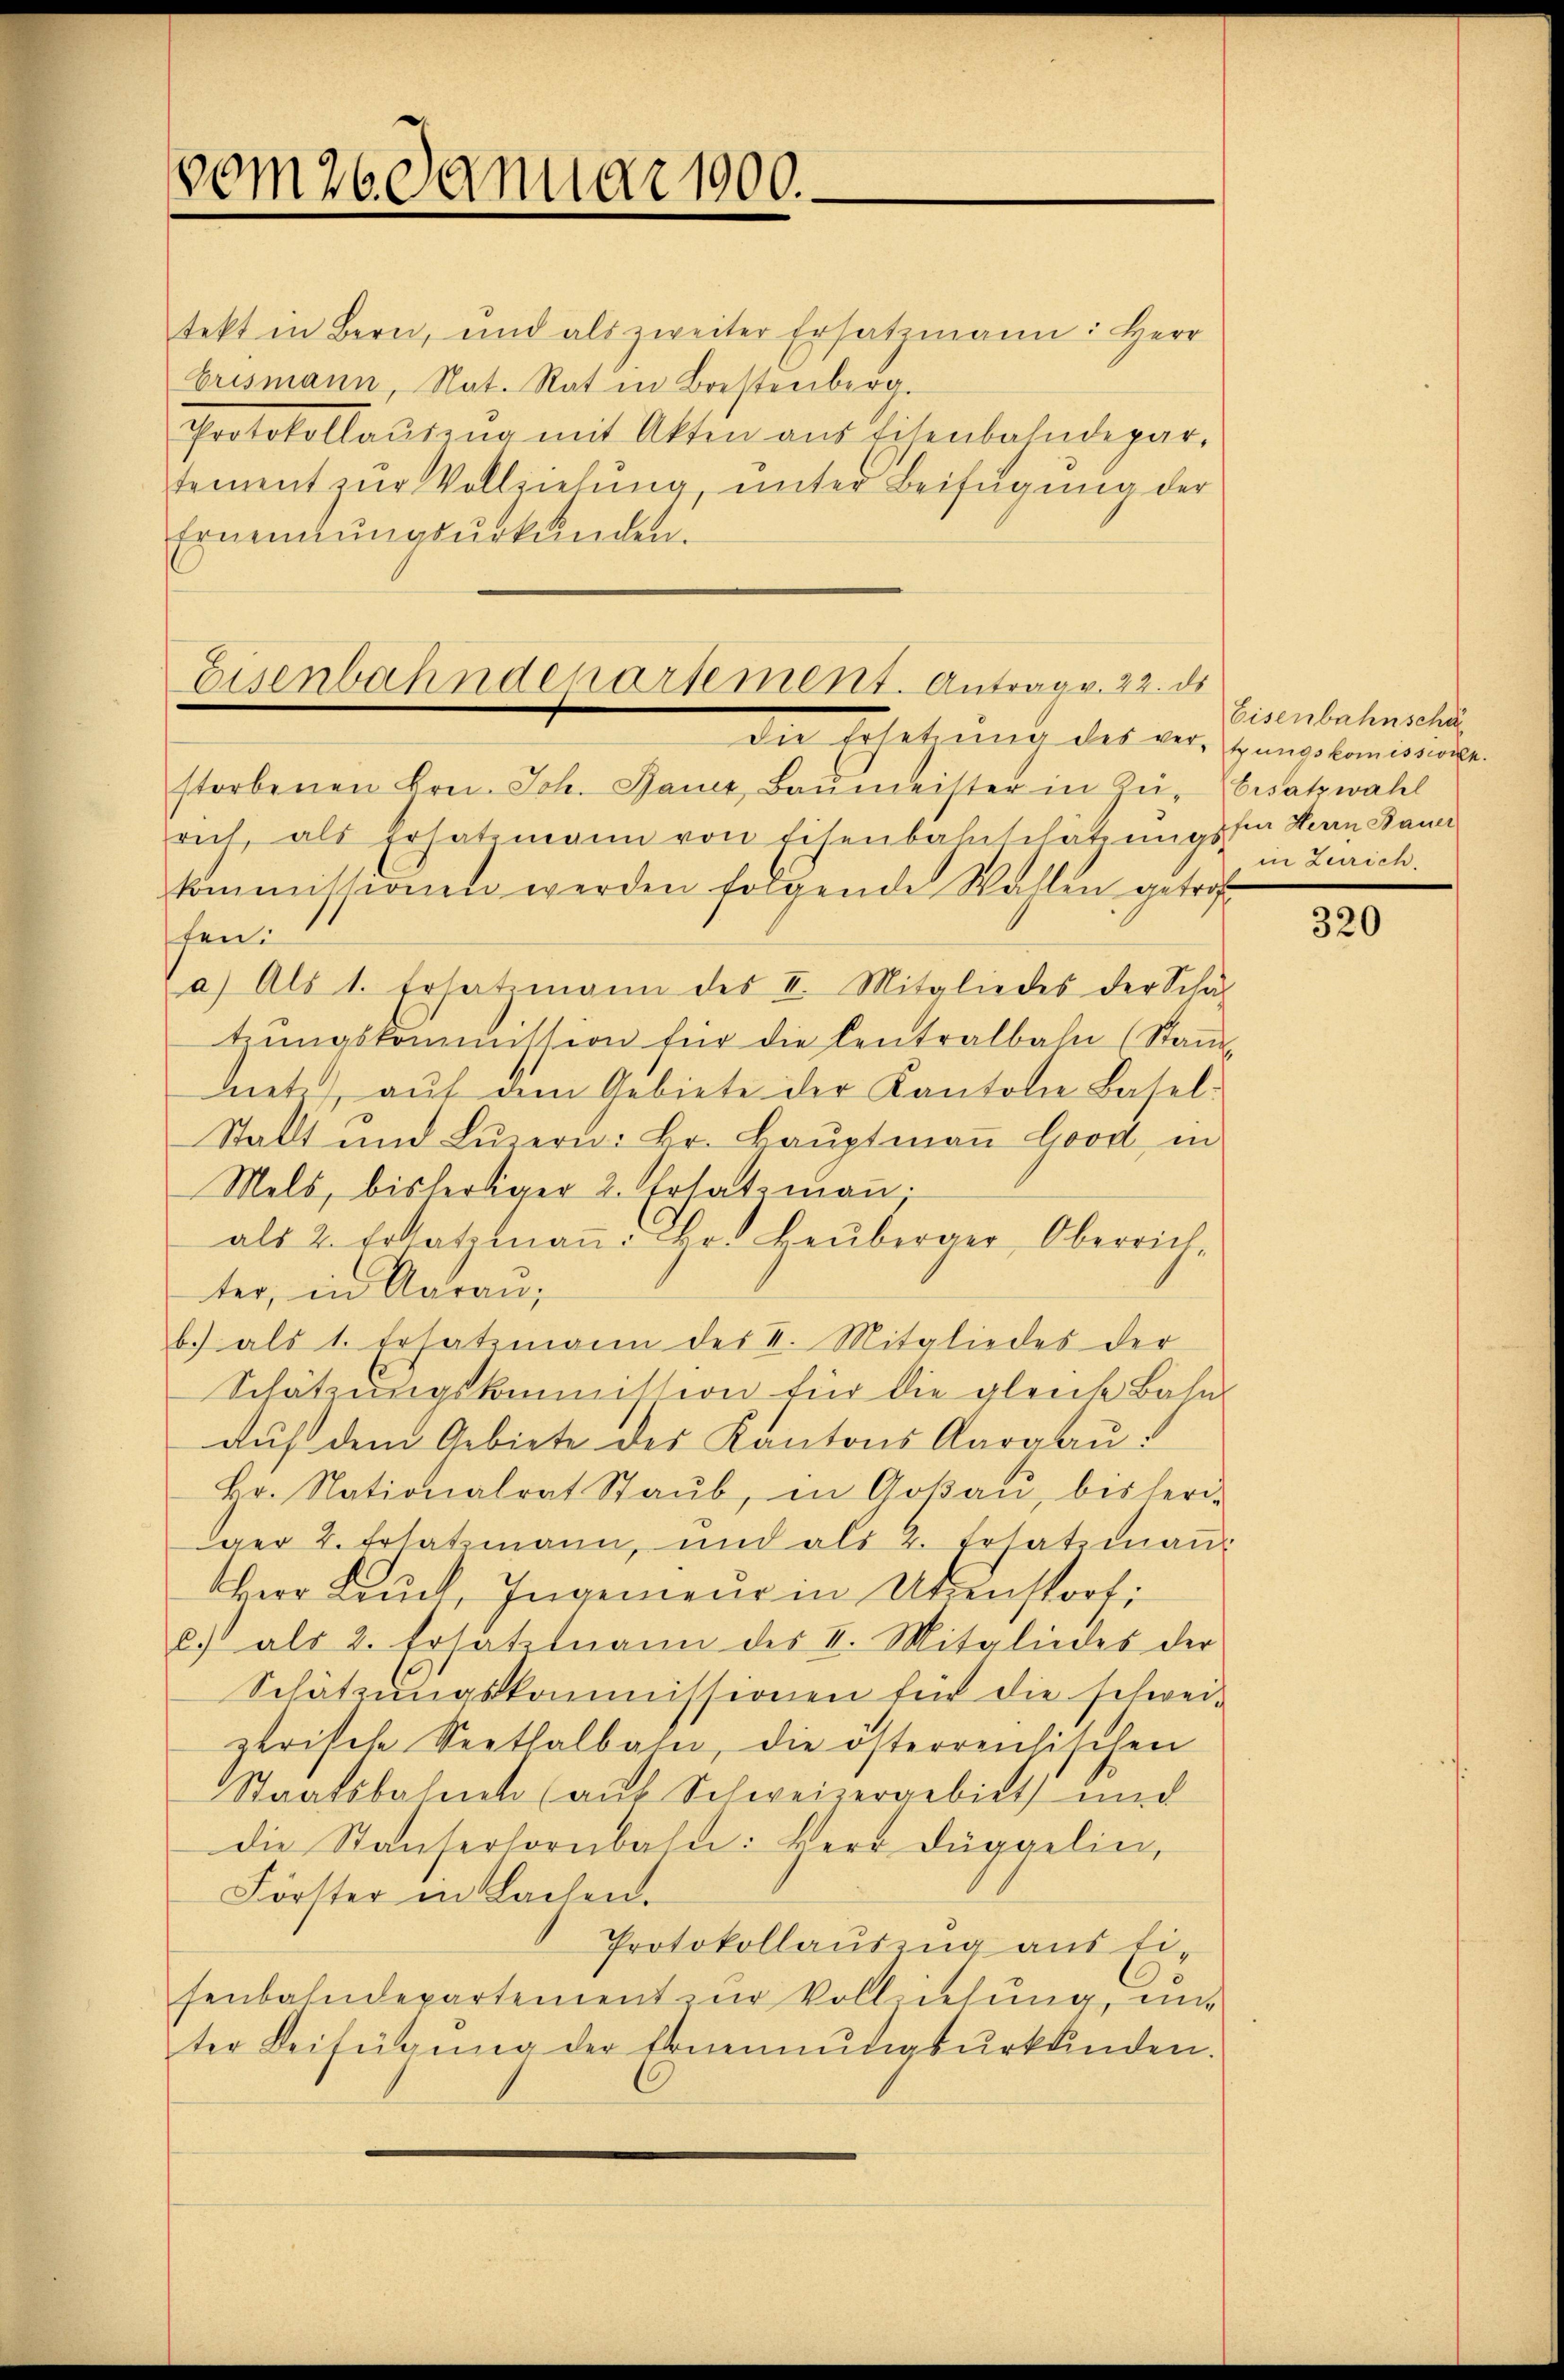
vom 26. Januar 1900.

tekt in Bern, und als zweiter Ersatzmann: Herr
Erismann, Nat. Rat in Brestenberg.
Protokollaŭszŭg mit Akten aus Eisenbahndepar-
tement zŭr Vollziehung, unter Beifügung der
Ernennungsurkunden.
die Erhebung des der Handelminis
storbenen Brei. Joh. Bauer, Baŭmeister in Zŭ- besatzwahl
rich, als Ersatzmann von Eisenbahnschatzungssia Herrn Bauer
kommissionen werden folgende Wallen getrof
ten.
a) Als 1. Ersatzmann des II. Mitgliedes der Schul
trŭngskommission für die Centralbahn (Stand
net), auf dem Gebiete der Kantone Basel-
Stallt und Lŭzern: Hr. Haŭptmaṅ Good in
Mels, bisheriger 2. Totatimann.
als 2. Erkatztnaṅ. Fr. Heuberger Oberrich,
ter, in Aarau,
b.) als 1. Ersatzmann des V. Mitgliedes der
Schätzungskommission für die gleich Bahn
auf dem Gebiete des Kantons Aargau:
hr. Nationalrat Staŭb, in Goßau, bisherde
ger 2. Ersatzmann, und als 2. Ersatzmann
Herr Brŭck, Ingenieŭr in Utenstorf:
c.) als 2. Ersatzmann des II. Mitgliedes der
Schätzungskommissionen für die schwei-
zerische Seethalbahn, die österreisischen
Staatsbahnet (auf Schweizergebiet und
die Stauserlornbahn: Herr Düggelin,
Förster in Sachen.
Protokollausung aus Eisenbahndepartement zur Vollziehung, unter Beifügŭng der Ernennŭngsŭrkŭnden.

Eisenbahndepartement. Antrag. 22. ds

Eisenbahnscha
in Zürich.

320